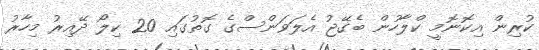
ކުރިން އިކޮނޮމީ ކްލާހުން ބެގޭޖު އެލަވަންސްގެ ގޮތުގައި 20 ކިލޯ ދޭއިރު މިހާރު